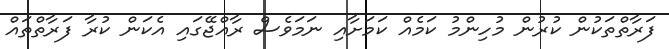
ފަރާތްތަކުން ކުރުން މުހިންމު ކަމެއް ކަމަށާއި ނަމަވެސް ރާއްޖޭގައި އެކަން ކުރާ ފަރާތްތައް